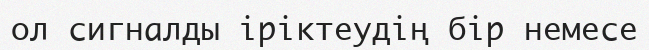
ол сигналды іріктеудің бір немесе